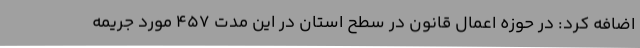
اضافه کرد: در حوزه اعمال قانون در سطح استان در این مدت 457 مورد جریمه